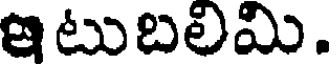
ఇటుబలిమి.